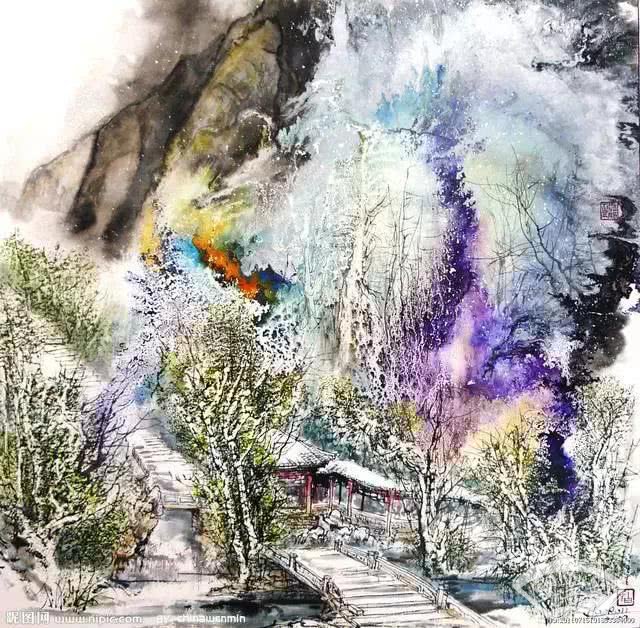
午梦初回，卷帘尽放春愁去。